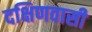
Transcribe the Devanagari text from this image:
दक्षिणवासी